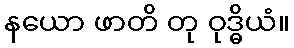
နယော ဖာတိ တု ဝုဒ္ဓိယံ။